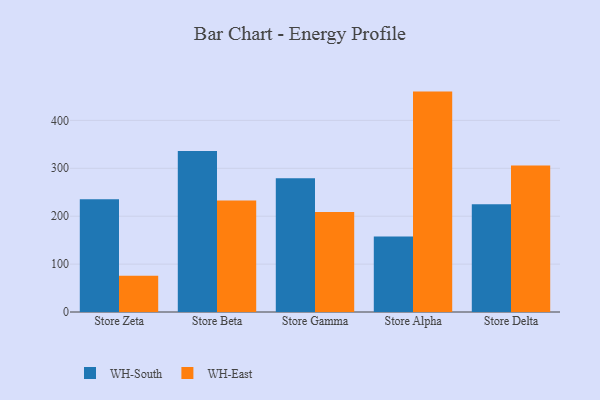
{"axis": {"x": "Store", "y": "Budget (USD K)"}, "legend": ["WH-East", "WH-South"], "data": [{"x": "Store Zeta", "y": 235.2, "type": "WH-South"}, {"x": "Store Zeta", "y": 75.8, "type": "WH-East"}, {"x": "Store Beta", "y": 335.9, "type": "WH-South"}, {"x": "Store Beta", "y": 232.9, "type": "WH-East"}, {"x": "Store Gamma", "y": 279.0, "type": "WH-South"}, {"x": "Store Gamma", "y": 208.7, "type": "WH-East"}, {"x": "Store Alpha", "y": 157.6, "type": "WH-South"}, {"x": "Store Alpha", "y": 460.1, "type": "WH-East"}, {"x": "Store Delta", "y": 225.0, "type": "WH-South"}, {"x": "Store Delta", "y": 305.7, "type": "WH-East"}]}